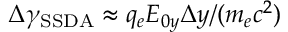
\Delta \gamma _ { \mathrm { S S D A } } \approx q _ { e } E _ { 0 y } \Delta y / ( m _ { e } c ^ { 2 } )